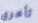
تأخري